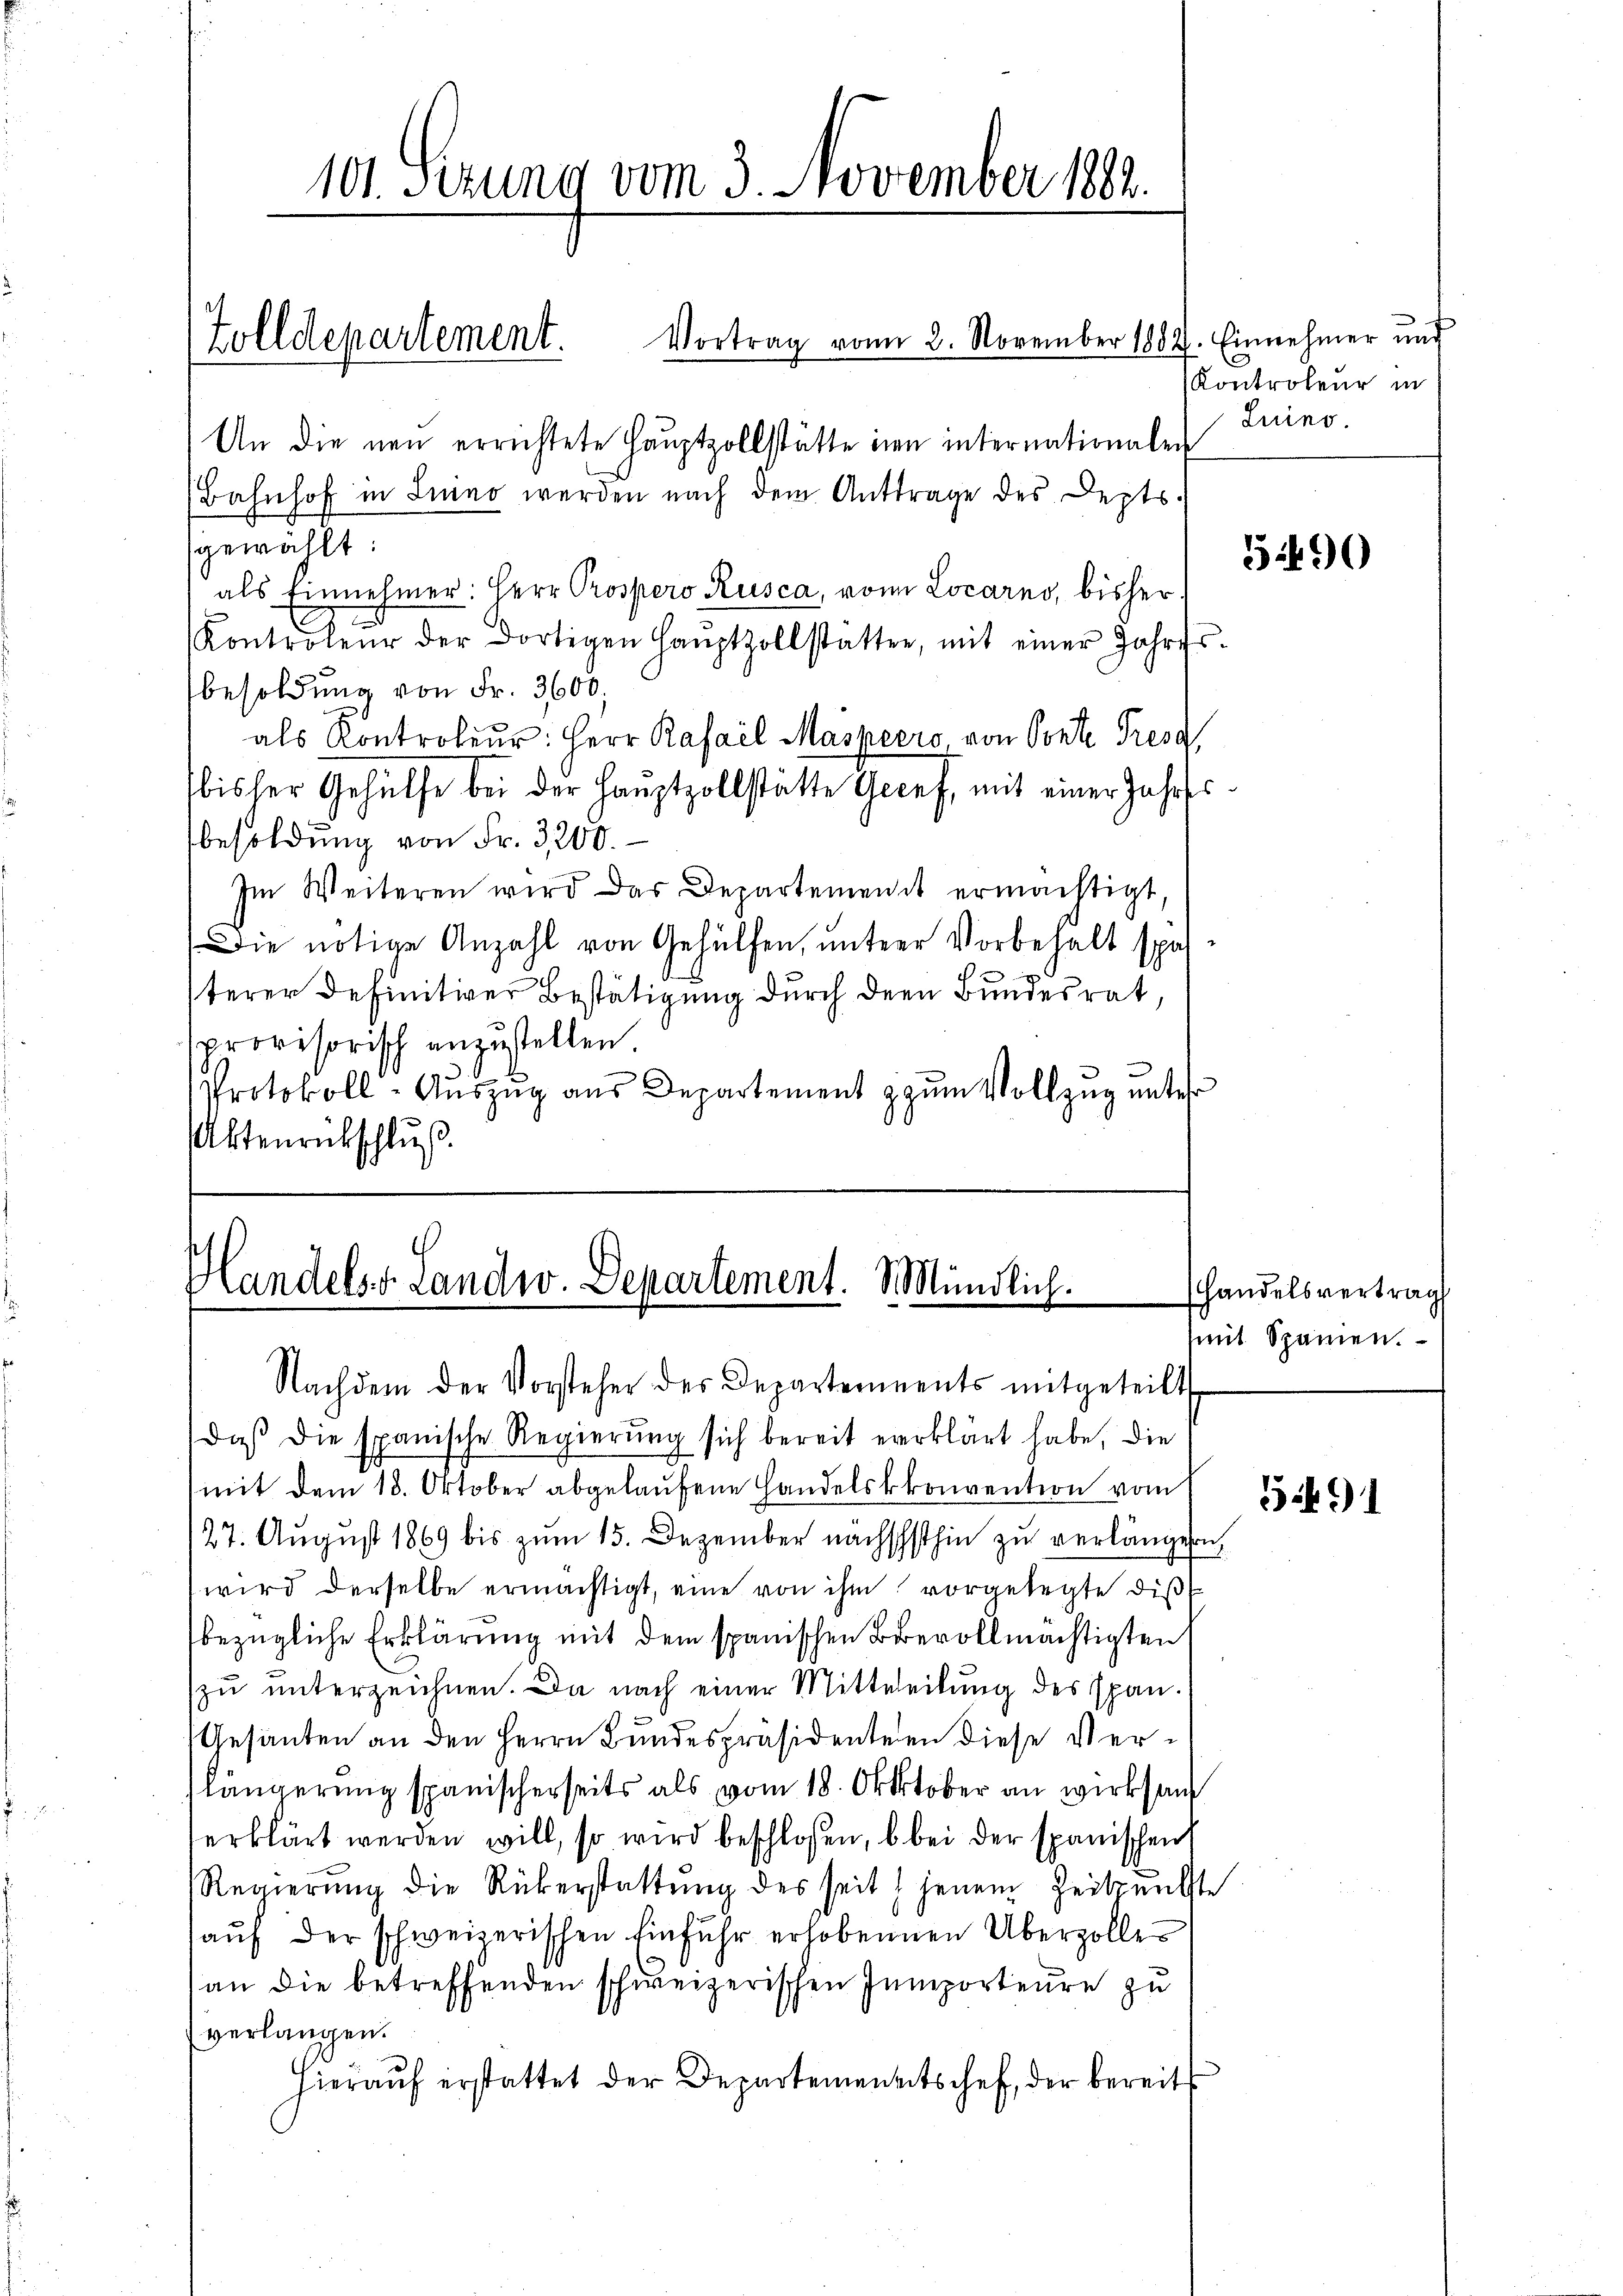
Tolldepartement.

101. Sezung vom 3. November 1882.

An die neu errichtete Hauptzollstätte in internationalen
Bahnhof in Sinno werden nach dem Antrage des Lepts.
gewählt:
als Einnehmer: Herr Prospero Rusca, von Locarno, bisher¬
Kontroleur der dortigen Haŭptzollstatter, mit einer Jahres-
besoldung von Fr. 3600;
als Kontroler: Herr Rafael Maspeero, von Ponte Tresa
bisler Gehülfe bei der Hauptzollstätte Gecef, mit einer Jahresbesoldung von Fr. 3200.
Im Weiteren wird das Departement ermächtigt,
Die nötige Anzahl von Gehülfen, ŭnterer Vorbehalt spa
sterer Definitiver Bestätigung durch dem Bundesrat,
provisorisch anzustellen.
Protokoll-Aŭszŭg aŭs Departement zum Vollzug unter
Aktenrütschluß

Vortrag vom 2. November 1882. Einnehmer und

Handelst Landw. Departement. Mündlich.

Nachdem der Vorsteher des Departements mitgeteilt
daβ die spanische Regierŭng sich bereit erklärt habe, die
(mit dem 18. Oktober abgelaufene Handelskonvention vom
27. August 1869 bis zum 15. Dezember nächschsthin zu verlängen,
wird derselbe ermächtigt, eine von ihm vorgelegte dist
bezügliche Erklärung mit dem spanischen Brevollmächtigten
zu unterzeichnen. Da nach einer Mitteleitung des Span-
Gesanten an den Herrn Bundespräsidenten diese Verlängerung spanischerseits als vom 18. Oktober an wirksan
erklärt werden will, so wird beschlossen, b bei der spanischen
Regierung die Rükerstattung des seit jenem Zeitpunkte
aŭf der schweizerischen Einfuhr erhobenen Überzolles
an die betreffenden schweizerischen Inmporteure zu
verlangen.
Hierauf erstattet der Departementschef, der bereits

Kontroleur in
Luino.

5490

Handelsvertrag
mit Spanien.

5491